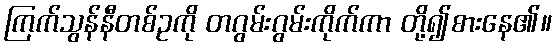
ကြက်သွန်နီတစ်ဥကို တဂွမ်းဂွမ်းကိုက်ကာ တို့၍စားနေ၏။